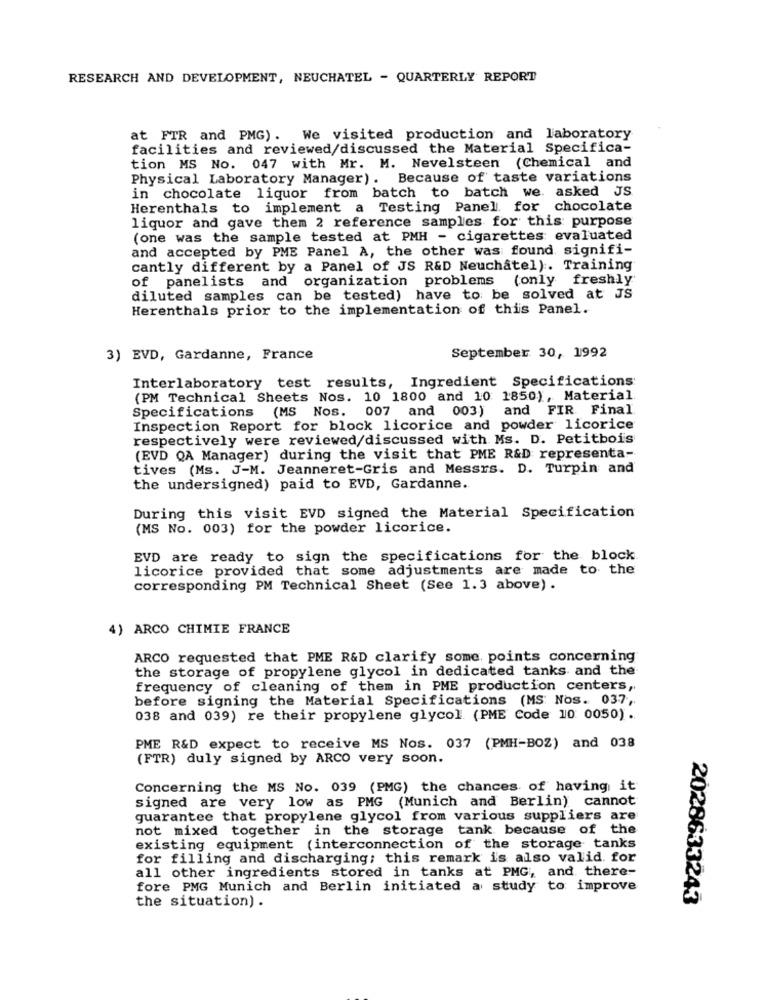
RESEARCH AND DEVELOPMENT, NEUCHATEL - QUARTERLY REPORT
at FTR and PMG). We visited production and laboratory
facilities and reviewed/discussed the Material Specifica-
tion MS No. 047 with Mr. M. Nevelsteen (Chemical and
Physical Laboratory Manager). Because of taste variations
in chocolate liquor from batch to batch we. asked JS
Herenthals to implement a Testing Panel for chocolate
liquor and gave them 2 reference samples for this purpose
(one was the sample tested at PMH - cigarettes evaluated
and accepted by PME Panel A, the other was found signifi-
cantly different by a Panel of JS R&D Neuchâtel). Training
of panelists and organization problems (only freshly
diluted samples can be tested) have to be solved at JS
Herenthals prior to the implementation of this Panel.
September 30, 1992
3) EVD, Gardanne, France
Interlaboratory test results, Ingredient Specifications
(PM Technical Sheets Nos. 10 1800 and 10 1850), Material
Specifications (MS Nos. 007 and 003) and FIR Final
Inspection Report for block licorice and powder licorice
respectively were reviewed/discussed with Ms. D. Petitbois
(EVD QA Manager) during the visit that PME R&D representa-
tives (Ms. J-M. Jeanneret-Gris and Messrs. D. Turpin and
the undersigned) paid to EVD, Gardanne.
During this visit EVD signed the Material Specification
(MS No. 003) for the powder licorice.
EVD are ready to sign the specifications for the block
licorice provided that some adjustments are made to the
corresponding PM Technical Sheet (See 1.3 above) .
4) ARCO CHIMIE FRANCE
ARCO requested that PME R&D clarify some. points concerning
the storage of propylene glycol in dedicated tanks and the
frequency of cleaning of them in PME production centers,
before signing the Material Specifications (MS Nos. 037,
038 and 039) re their propylene glycol (PME Code 10 0050).
PME R&D expect to receive MS Nos. 037 (PMH-BOZ) and 038
(FTR) duly signed by ARCO very soon.
Concerning the MS No. 039 (PMG) the chances of having it
signed are very low as PMG (Munich and Berlin) cannot
guarantee that propylene glycol from various suppliers are
not mixed together in the storage tank because of the
existing equipment (interconnection of the storage tanks
for filling and discharging; this remark is also valid. for
all other ingredients stored in tanks at PMG ;, and there-
fore PMG Munich and Berlin initiated a study to improve
2028633243
the situation) .